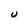
Character: U